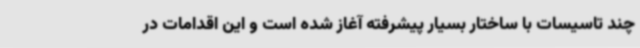
چند تاسیسات با ساختار بسیار پیشرفته آغاز شده است و این اقدامات در